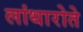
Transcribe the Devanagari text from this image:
लांथारोते